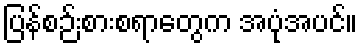
ပြန်စဉ်းစားစရာတွေက အပုံအပင်။